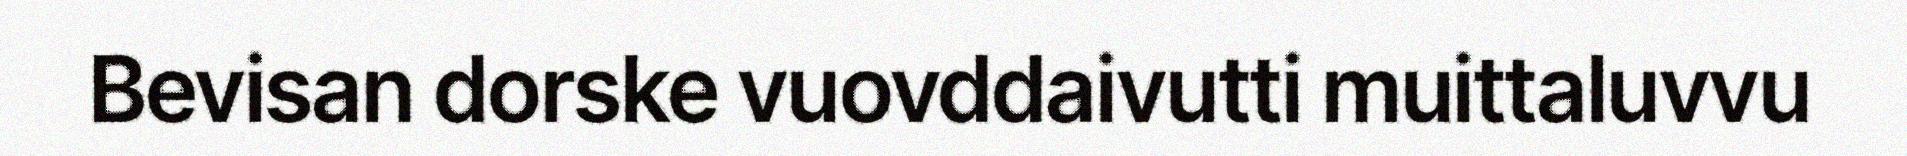
Bevisan dorske vuovddaivutti muittaluvvu